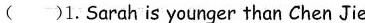
( )1.Sarah is younger than Chen Jie.